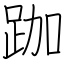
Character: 跏